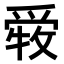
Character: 𤔤